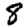
Digit: 8